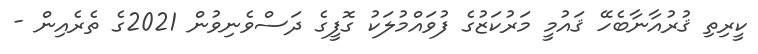
ކީރިތި ޤުރުއާނާބެހޭ ޤައުމީ މަރުކަޒުގެ ފުވައްމުލަކު ގޮފީގެ ދަސްވެނިވުން 2021ގެ ތެރެއިން -